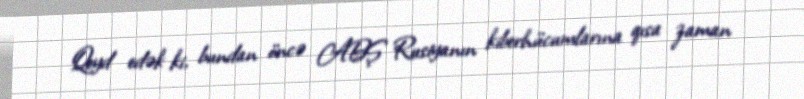
Qeyd edək ki, bundan öncə ABŞ Rusiyanın kiberhücumlarına qısa zaman